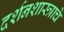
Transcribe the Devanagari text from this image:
दर्शनशास्त्राचे